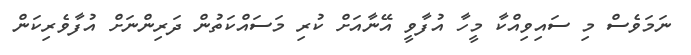
ނަމަވެސް މި ސައިވިއްކާ މީހާ އުފާވީ އޭނާއަށް ކުރި މަސައްކަތުން ދަރިންނަށް އުފާވެރިކަން